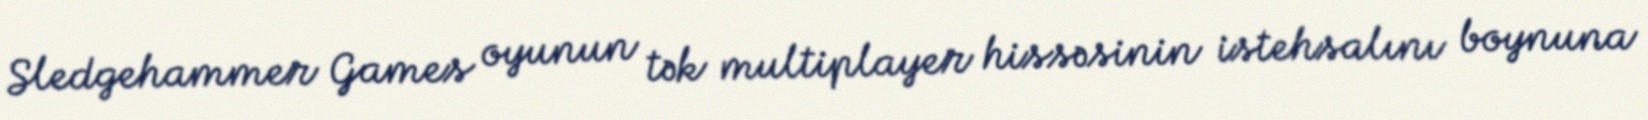
Sledgehammer Games oyunun tək multiplayer hissəsinin istehsalını boynuna